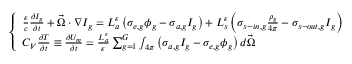
\left\{ \begin{array} { l } { { \frac { \varepsilon } { c } \frac { \partial I _ { g } } { \partial t } + \vec { \Omega } \cdot \nabla I _ { g } = L _ { a } ^ { \varepsilon } \left( \sigma _ { e , g } \phi _ { g } - \sigma _ { a , g } I _ { g } \right) + L _ { s } ^ { \varepsilon } \left( \sigma _ { s - i n , g } \frac { \rho _ { g } } { 4 \pi } - \sigma _ { s - o u t , g } I _ { g } \right) } } \\ { { C _ { V } \frac { \partial T } { \partial t } \equiv \frac { \partial U _ { m } } { \partial t } = \frac { L _ { a } ^ { \varepsilon } } { \varepsilon } \sum _ { g = 1 } ^ { G } \int _ { 4 \pi } \left( \sigma _ { a , g } I _ { g } - \sigma _ { e , g } \phi _ { g } \right) d \vec { \Omega } } } \end{array} \right.